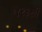
જરકસી